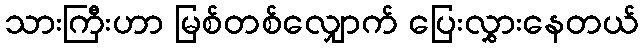
သားကြီးဟာ မြစ်တစ်လျှောက် ပြေးလွှားနေတယ်